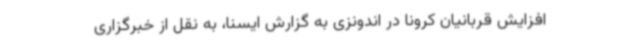
افزایش قربانیان کرونا در اندونزی به گزارش ایسنا، به نقل از خبرگزاری